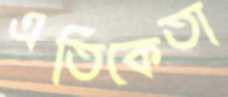
এতিকেতা